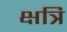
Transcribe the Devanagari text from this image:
क्षत्रि